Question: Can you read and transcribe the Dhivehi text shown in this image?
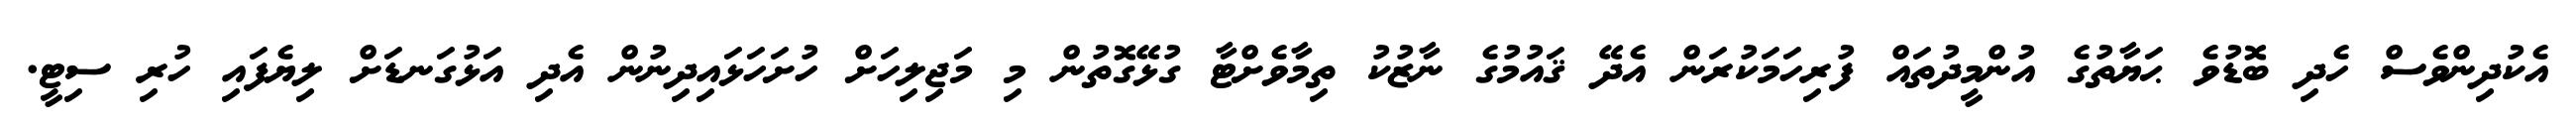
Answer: އެކުދިންވެސް ހެދި ބޮޑުވެ ޙަޔާތުގެ އުންމީދުތައް ފުރިހަމަކުރަން އެދޭ ޤައުމުގެ ނާޒުކު ތިމާވެށްޓާ ގުޅޭގޮތުން މި މަޖިލިހަށް ހުށަހަޅައިދިނުން އެދި އަޅުގަނޑަށް ލިޔެފައި ހުރި ސިޓީ.